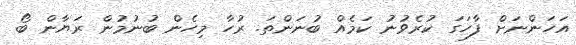
އަހަންނަށް ފާހަގަ ކުރެވުނު ކަމެއް ބުނަންތަ. ރުހާ މިހެން ބުނުމުން ރަޔާން ބޯ